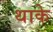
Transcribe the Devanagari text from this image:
थाके